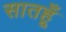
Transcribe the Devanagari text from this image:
सातहूँ